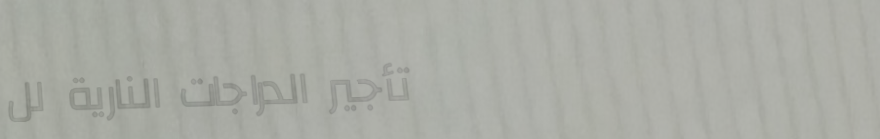
تأجير الدراجات النارية لل